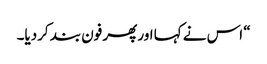
“ اس نے کہا اور پھر فون بند کردیا۔